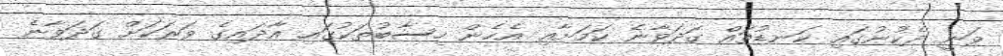
ވަނީ ދެކުނުގައި ކަނޑުތައް ގަދަވާނެ ކަމަށާއި އެހެން ހިސާބުތަކުގައި އާދައިގެ ވަރަކަށް ގަދަވާނެ